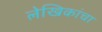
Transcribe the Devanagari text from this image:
लेखिकांचा